Indian journal of veterinary science and animal husbandry - Volume 6,
Year: 1936
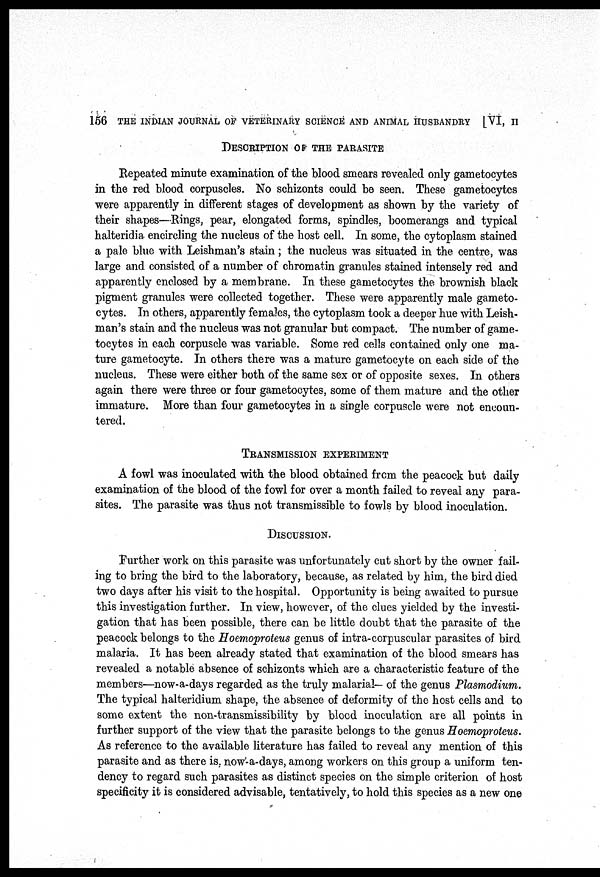
156 THE INDIAN JOURNAL OF VETERINARY SCIENCE AND ANIMAL HUSBANDRY
[VI, II
DESCRIPTION OF THE PARASITE
Repeated minute examination of the blood smears revealed only gametocytes
in the red blood corpuscles. No schizonts could be seen. These gametocytes
were apparently in different stages of development as shown by the variety of
their shapes—Rings, pear, elongated forms, spindles, boomerangs and typical
halteridia encircling the nucleus of the host cell. In some, the cytoplasm stained
a pale blue with Leishman's stain; the nucleus was situated in the centre, was
large and consisted of a number of chromatin granules stained intensely red and
apparently enclosed by a membrane. In these gametocytes the brownish black
pigment granules were collected together. These were apparently male gameto-
cytes. In others, apparently females, the cytoplasm took a deeper hue with Leish-
man's stain and the nucleus was not granular but compact. The number of game-
tocytes in each corpuscle was variable. Some red cells contained only one ma-
ture gametocyte. In others there was a mature gametocyte on each side of the
nucleus. These were either both of the same sex or of opposite sexes. In others
again there were three or four gametocytes, some of them mature and the other
immature. More than four gametocytes in a single corpuscle were not encoun-
tered.
TRANSMISSION EXPERIMENT
A fowl was inoculated with the blood obtained from the peacock but daily
examination of the blood of the fowl for over a month failed to reveal any para-
sites. The parasite was thus not transmissible to fowls by blood inoculation.
DISCUSSION.
Further work on this parasite was unfortunately cut short by the owner fail-
ing to bring the bird to the laboratory, because, as related by him, the bird died
two days after his visit to the hospital. Opportunity is being awaited to pursue
this investigation further. In view, however, of the clues yielded by the investi-
gation that has been possible, there can be little doubt that the parasite of the
peacock belongs to the Hoemoproteus genus of intra-corpuscular parasites of bird
malaria. It has been already stated that examination of the blood smears has
revealed a notable absence of schizonts which are a characteristic feature of the
members—now-a-days regarded as the truly malarial— of the genus Plasmodium.
The typical halteridium shape, the absence of deformity of the host cells and to
some extent the non-transmissibility by blood inoculation are all points in
further support of the view that the parasite belongs to the genus Hoemoproteus.
As reference to the available literature has failed to reveal any mention of this
parasite and as there is now-a-days, among workers on this group a uniform ten-
dency to regard such parasites as distinct species on the simple criterion of host
specificity it is considered advisable, tentatively, to hold this species as a new one